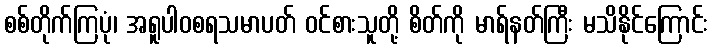
စစ်တိုက်ကြပုံ၊ အရူပါဝစရသမာပတ် ဝင်စားသူတို့ စိတ်ကို မာရ်နတ်ကြီး မသိနိုင်ကြောင်း